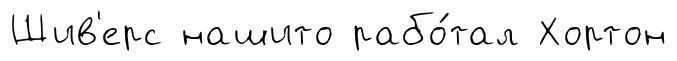
Шив'ерс нашито рабо́тал Хортон